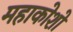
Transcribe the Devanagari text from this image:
महाकोशो